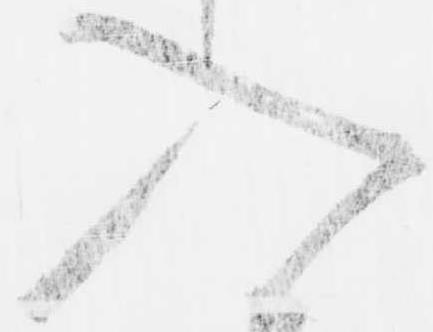
入